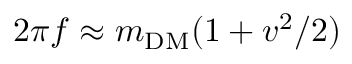
2 \pi f \approx m _ { \mathrm { D M } } ( 1 + v ^ { 2 } / 2 )